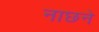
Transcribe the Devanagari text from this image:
नाछने